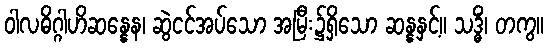
ဝါလဓိဂ္ဂါဟိဆန္နေန၊ ဆွဲငင်အပ်သော အမြီး၌ရှိသော ဆန္နနှင့်။ သဒ္ဓိံ၊ တကွ။